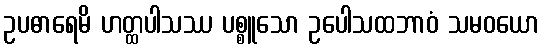
ဥပဓာရေမိ ဟတ္ထပါသဿ ပစ္စူသော ဥပေါသထဘာဝံ သမဝယော